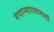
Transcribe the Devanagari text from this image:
नेणाऱ्यारावणाशी